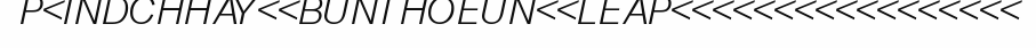
P<INDCHHAY<<BUNTHOEUN<<LEAP<<<<<<<<<<<<<<<<<